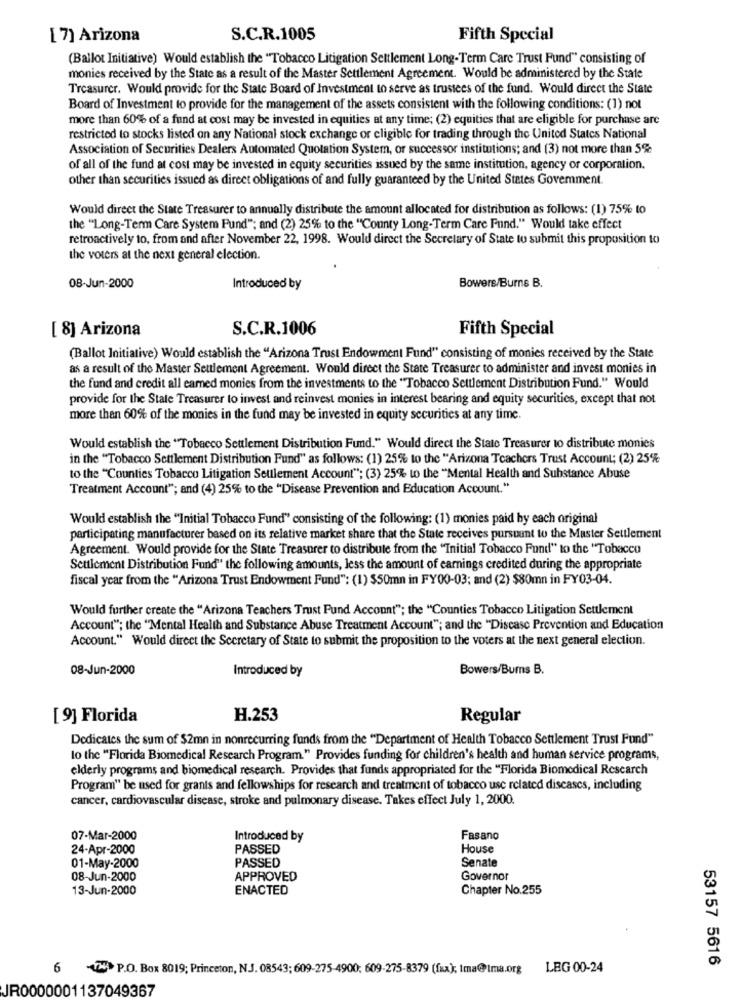
[7] Arizona
S.C.R.1005
Fifth Special
(Ballot Initiative) Would establish the "Tobacco Litigation Settlement Long-Term Care Trust Fund" consisting of
monies received by the State as a result of the Master Settlement Agreement. Would be administered by the State
Treasurer. Would provide for the State Board of Investment to serve as trustees of the fund. Would direct the State
Board of Investment to provide for the management of the assets consistent with the following conditions: (1) not
more than 60% of a fund at cost may be invested in equities at any time; (2) equities that are eligible for purchase are
restricted to stocks listed on any National stock exchange or eligible for trading through the United States National
Association of Securities Dealers Automated Quotation System, or successor institutions; and (3) not more than 5%
of all of the fund at cost may be invested in equity securities issued by the same institution, agency or corporation.
other than securities issued as direct obligations of and fully guaranteed by the United States Govemment.
Would direct the State Treasurer to annually distribute the amount allocated for distribution as follows: (1) 75% to
the "Long-Term Care System Fund"; and (2) 25% to the "County Long-Term Care Fund." Would take effect
retroactively to, from and after November 22, 1998. Would direct the Secretary of State to submit this proposition to
the voters at the next general election.
Bowers/Burns B.
08-Jun-2000
Introduced by
[ 8] Arizona
S.C.R.1006
Fifth Special
(Ballot Initiative) Would establish the "Arizona Trust Endowment Fund" consisting of monies received by the State
as a result of the Master Settlement Agreement. Would direct the State Treasurer to administer and invest monies in
the fund and credit all earned monies from the investments to the "Tobacco Settlement Distribution Fund." Would
provide for the State Treasurer to invest and reinvest monies in interest bearing and equity securities, except that not
more than 60% of the monies in the fund may be invested in equity securities at any time.
Would establish the "Tobacco Settlement Distribution Fund." Would direct the State Treasurer to distribute monies
in the "Tobacco Settlement Distribution Fund" as follows: (1) 25% to the "Arizona Teachers Trust Account; (2) 25%
to the "Counties Tobacco Litigation Settlement Account"; (3) 25% to the "Mental Health and Substance Abuse
Treatment Account"; and (4) 25% to the "Disease Prevention and Education Account."
Would establish the "Initial Tobacco Fund" consisting of the following: (1) monies paid by each original
participating manufacturer based on its relative market share that the State receives pursuant to the Master Settlement
Agreement. Would provide for the State Treasurer to distribute from the "Initial Tobacco Fund" to the "Tobacco
Settlement Distribution Fund" the following amounts, less the amount of earnings credited during the appropriate
fiscal year from the "Arizona Trust Endowment Fund": (1) $50mn in FY00-03; and (2) $80mn in FY03-04.
Would further create the "Arizona Teachers Trust Fund Account"; the "Counties Tobacco Litigation Settlement
Account"; the "Mental Health and Substance Abuse Treatment Account"; and the "Disease Prevention and Education
Account." Would direct the Secretary of State to submit the proposition to the voters at the next general election.
08-Jun-2000
Introduced by
Bowers/Burns B.
[9] Florida
H.253
Regular
Dedicates the sum of $2mn in nonrecurring funds from the "Department of Health Tobacco Settlement Trust Fund"
lo the "Florida Biomedical Research Program." Provides funding for children's health and human service programs,
elderly programs and biomedical research. Provides that funds appropriated for the "Florida Biomedical Research
Program" be used for grants and fellowships for research and treatment of tobacco use related diseases, including
cancer, cardiovascular disease, stroke and pulmonary disease. Takes effect July 1, 2000.
07-Mar-2000
Introduced by
Fasano
24-Apr-2000
PASSED
House
PASSED
Senate
01-May-2000
08-Jun-2000
APPROVED
Governor
13-Jun-2000
ENACTED
Chapter No.255
6 -7 P.O. Box 8019; Princeton, N.J. 08543; 609-275-4900; 609-275-8379 (fax); ima@ima.org LEG 00-24
53157 5616
JR0000001137049367